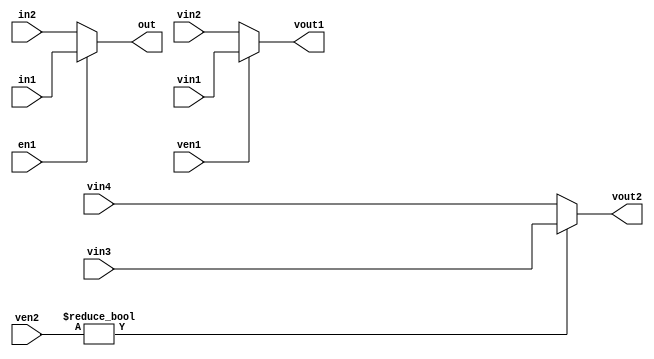
module f20_test(in1, in2, out,  vin1, vin2, vin3, vin4, vout1, vout2, en1, ven1, ven2);
input in1, in2, en1, ven1;
input [1:0] ven2;
output out;
input [1:0] vin1,  vin2, vin3, vin4;
output [1:0] vout1, vout2;
assign out = en1 ? in1 : in2;
assign vout1 = ven1 ? vin1 : vin2;
assign vout2 = ven2 ? vin3 : vin4;
endmodule